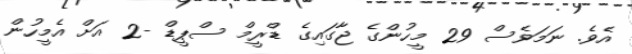
އެވެ. ނަމަވެސް 29 މީހުންގެ ޖާގަައިގެ ޑްރީމް ސްޕީޑް -2 އަށް އެމީހުން